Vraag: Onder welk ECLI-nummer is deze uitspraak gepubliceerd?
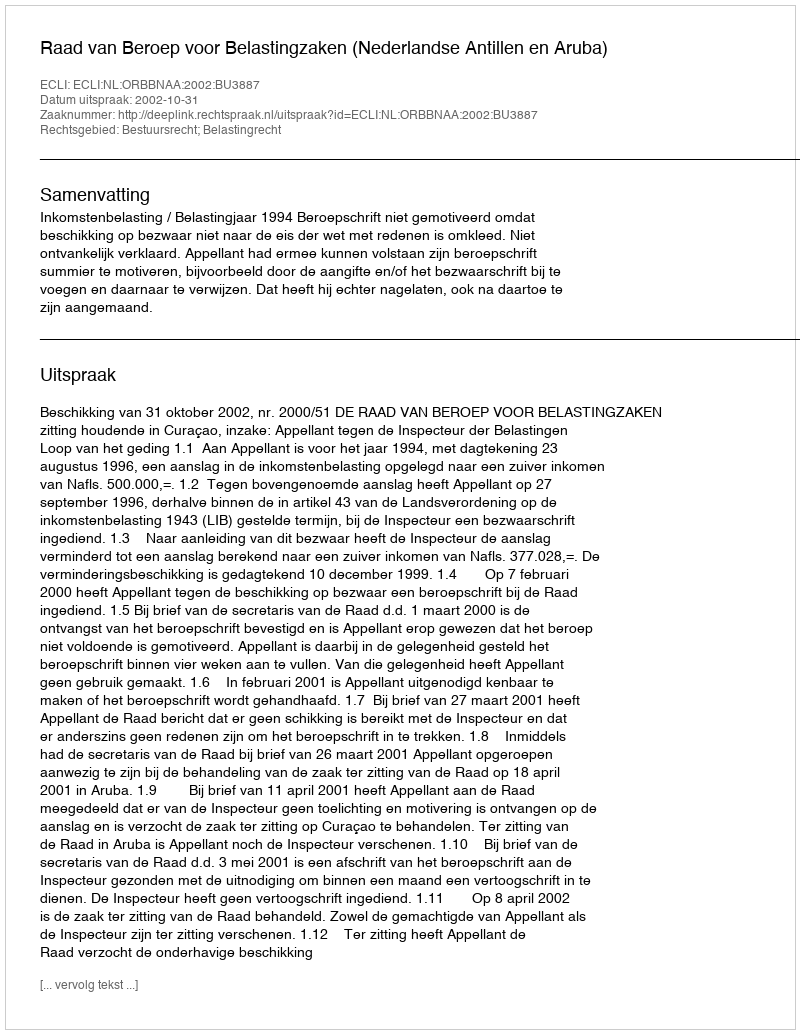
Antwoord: ECLI:NL:ORBBNAA:2002:BU3887